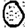
Digit: 0